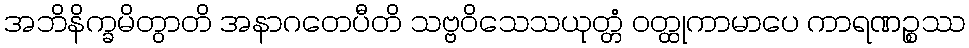
အဘိနိက္ခမိတွာတိ အနာဂတေပီတိ သဗ္ဗဝိသေသယုတ္တံ ဝတ္ထုကာမာပေ ကာရဏဉ္စဿ